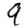
Digit: 9